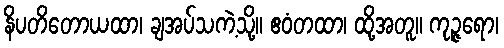
နိပတိတောယထာ၊ ချအပ်သကဲ့သို့။ ဧဝံတထာ၊ ထို့အတူ။ ကုဉ္ဇရော၊